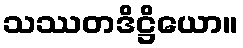
သဿတဒိဋ္ဌိယော။